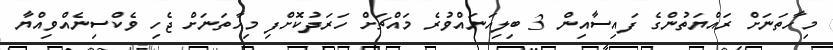
މިހާތަނަށް ރައްޔަތުންގެ ފައިސާއިން 3 ބިލިއަނައްވުރެ މައްޗަށް ހަރަދުކޮށްފި މިހާތަނަށް ޖެހި ވެކްސިނެއްވިއްޔާ